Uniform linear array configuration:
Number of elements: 12
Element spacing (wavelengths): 0.5
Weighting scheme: uniform
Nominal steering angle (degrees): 0
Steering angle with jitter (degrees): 0.7516
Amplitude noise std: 0.05
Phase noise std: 0.05

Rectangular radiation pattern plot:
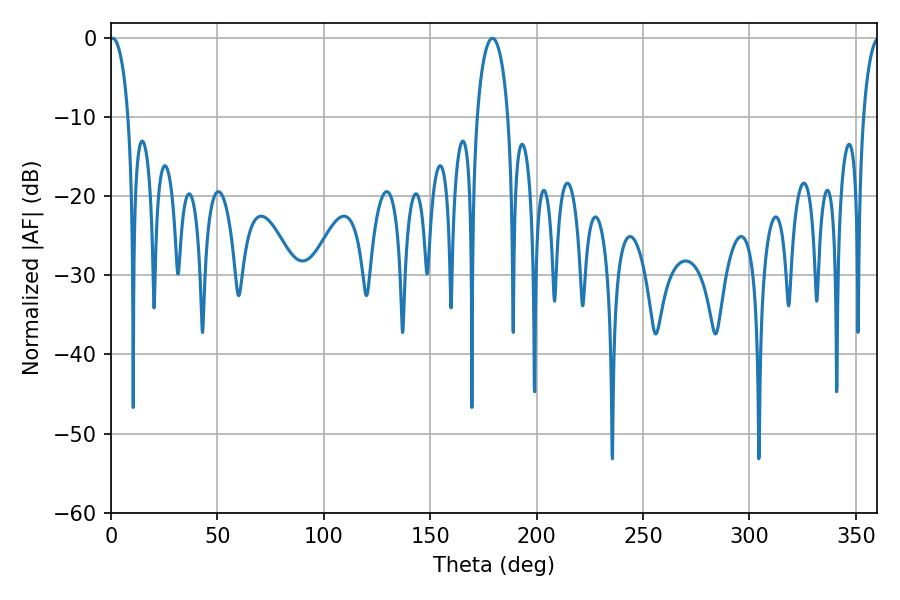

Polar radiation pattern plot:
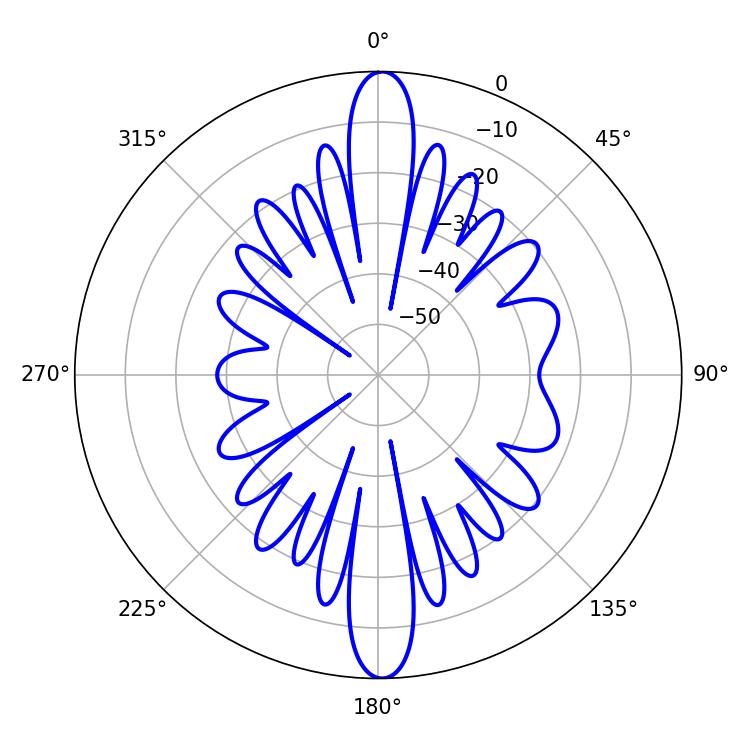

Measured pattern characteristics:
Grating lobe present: FALSE
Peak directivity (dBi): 23.644
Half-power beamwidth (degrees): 5.04
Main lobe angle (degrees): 0.72